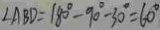
\angle A B D = 1 8 0 ^ { \circ } - 9 0 ^ { \circ } - 3 0 ^ { \circ } = 6 0 ^ { \circ }